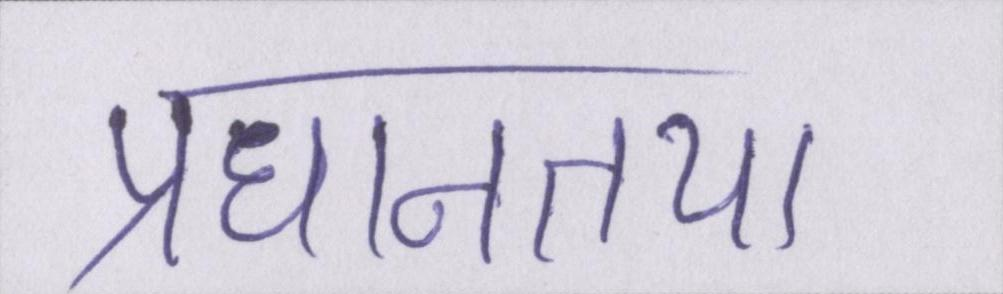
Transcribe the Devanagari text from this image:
प्रधानतया